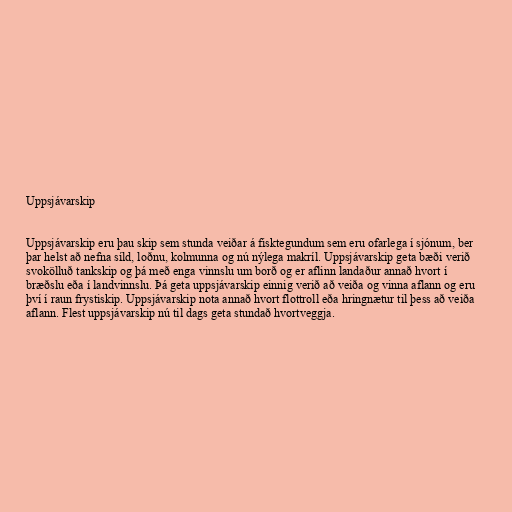
Uppsjávarskip

Uppsjávarskip eru þau skip sem stunda veiðar á fisktegundum sem eru ofarlega í sjónum, ber
þar helst að nefna síld, loðnu, kolmunna og nú nýlega makríl. Uppsjávarskip geta bæði verið
svokölluð tankskip og þá með enga vinnslu um borð og er aflinn landaður annað hvort í
bræðslu eða í landvinnslu. Þá geta uppsjávarskip einnig verið að veiða og vinna aflann og eru
því í raun frystiskip. Uppsjávarskip nota annað hvort flottroll eða hringnætur til þess að veiða
aflann. Flest uppsjávarskip nú til dags geta stundað hvortveggja.